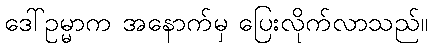
ဒေါ်ဥမ္မာက အနောက်မှ ပြေးလိုက်လာသည်။